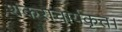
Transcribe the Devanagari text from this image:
शंकराचार्यकृत।